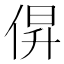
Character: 𫢰